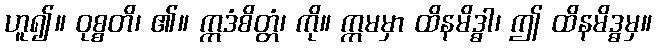
ဟူ၍။ ဝုစ္စတိ၊ ၏။ ဣဒံစိတ္တံ၊ ကို။ ဣမမှာ ထိနမိဒ္ဓါ၊ ဤ ထိနမိဒ္ဓမှ။